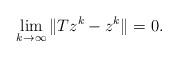
LaTeX: \begin{align*}\lim_{k\to \infty} \|Tz^k - z^k \| = 0.\end{align*}